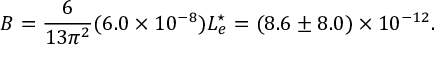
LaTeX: B = \frac { 6 } { 1 3 \pi ^ { 2 } } ( 6 . 0 \times 1 0 ^ { - 8 } ) L _ { e } ^ { \star } = ( 8 . 6 \pm 8 . 0 ) \times 1 0 ^ { - 1 2 } .